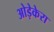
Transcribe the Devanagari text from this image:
ओड़ेकेरा